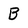
Character: B